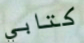
كتابي